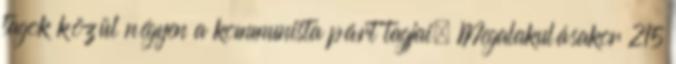
tagok közül négyen a kommunista párt tagjai. Megalakulásakor 215